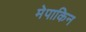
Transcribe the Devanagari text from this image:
मेपाकिन